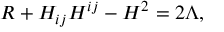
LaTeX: R + H _ { i j } H ^ { i j } - H ^ { 2 } = 2 \Lambda ,